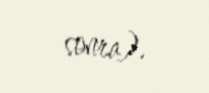
sonra).